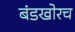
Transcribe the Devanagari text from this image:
बंडखोरच